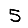
Digit: 5